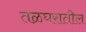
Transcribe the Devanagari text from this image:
तळघरातील